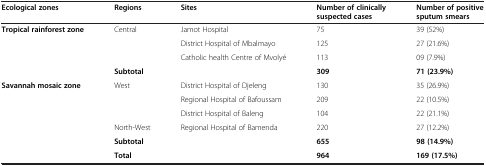
<table><thead><tr><td><b>Ecological zones</b></td><td><b>Regions</b></td><td><b>Sites</b></td><td><b>Number of clinically suspected cases</b></td><td><b>Number of positive sputum smears</b></td></tr></thead><tbody><tr><td rowspan="3"><b>Tropical rainforest zone</b></td><td rowspan="3">Central</td><td>Jamot Hospital</td><td>75</td><td>39 (52%)</td></tr><tr><td>District Hospital of Mbalmayo</td><td>125</td><td>27 (21.6%)</td></tr><tr><td>Catholic health Centre of Mvolyé</td><td>113</td><td>09 (7.9%)</td></tr><tr><td> </td><td colspan="2"><b>Subtotal</b></td><td><b>309</b></td><td><b>71 (23.9%)</b></td></tr><tr><td rowspan="5"><b>Savannah mosaic zone</b></td><td rowspan="3">West</td><td>District Hospital of Djeleng</td><td>130</td><td>35 (26.9%)</td></tr><tr><td>Regional Hospital of Bafoussam</td><td>209</td><td>22 (10.5%)</td></tr><tr><td>District Hospital of Baleng</td><td>104</td><td>22 (21.1%)</td></tr><tr><td>North-West</td><td>Regional Hospital of Bamenda</td><td>220</td><td>27 (12.2%)</td></tr><tr><td colspan="2"><b>Subtotal</b></td><td><b>655</b></td><td><b>98 (14.9%)</b></td></tr><tr><td> </td><td colspan="2"><b>Total</b></td><td><b>964</b></td><td><b>169 (17.5%)</b></td></tr></tbody></table>